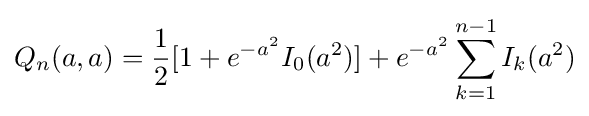
Q_{n}(a,a)={\frac {1}{2}}[1+e^{-a^{2}}I_{0}(a^{2})]+e^{-a^{2}}\sum _{k=1}^{n-1}I_{k}(a^{2})